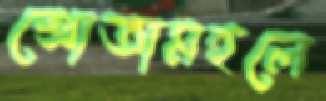
শ্রোতামহলে